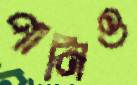
পানিও